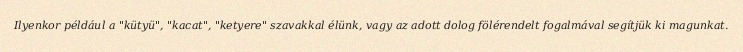
Ilyenkor például a "kütyü", "kacat", "ketyere" szavakkal élünk, vagy az adott dolog fölérendelt fogalmával segítjük ki magunkat.